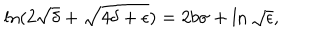
\ln ( 2 \sqrt { \delta } + \sqrt { 4 \delta + \epsilon } ) = 2 b \sigma + \ln \sqrt { \epsilon } ,